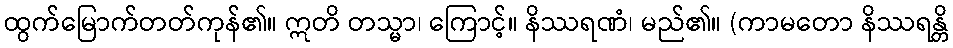
ထွက်မြောက်တတ်ကုန်၏။ ဣတိ တသ္မာ၊ ကြောင့်။ နိဿရဏံ၊ မည်၏။ (ကာမတော နိဿရန္တိ